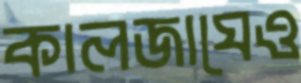
কালজাঘেও